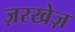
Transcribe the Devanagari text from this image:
ज़रखेज़